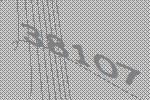
38107